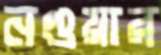
নগুয়ার